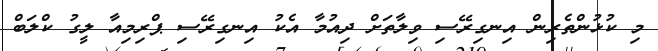
މި ކުޅުންތެރިން އިނގިރޭސި ވިލާތަށް ދިއުމާ އެކު އިނގިރޭސި ޕްރިމިއާ ލީގު ކްލަބް